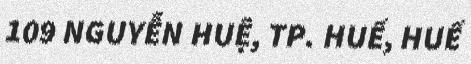
109 NGUYỄN HUỆ, TP. HUẾ, HUẾ